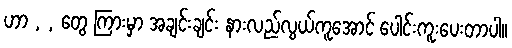
ဟာ , , တွေ ကြားမှာ အချင်းချင်း နားလည်လွယ်ကူအောင် ပေါင်းကူးပေးတာပါ။